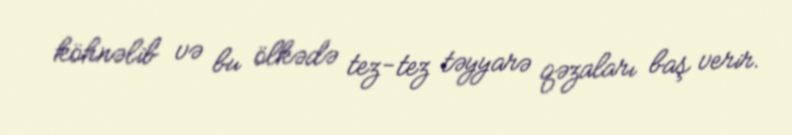
köhnəlib və bu ölkədə tez-tez təyyarə qəzaları baş verir.